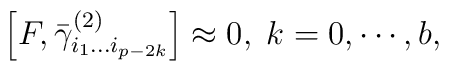
\left[ F,\bar \gamma _{i_1\ldots i_{p-2k}}^{(2)}\right] \approx0,\;k=0,\cdots ,b,